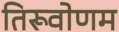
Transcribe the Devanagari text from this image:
तिरूवोणम